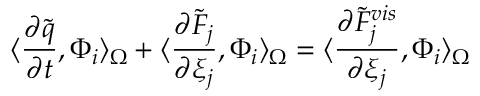
\langle \frac { \partial \tilde { q } } { \partial t } , \Phi _ { i } \rangle _ { \Omega } + \langle \frac { \partial \tilde { F } _ { j } } { \partial \xi _ { j } } , \Phi _ { i } \rangle _ { \Omega } = \langle \frac { \partial \tilde { F } _ { j } ^ { v i s } } { \partial \xi _ { j } } , \Phi _ { i } \rangle _ { \Omega }